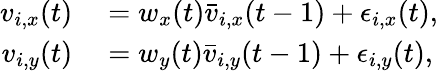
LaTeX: \begin{array}{rl}{v_{i,x}(t)}&{{}=w_{x}(t)\bar{v}_{i,x}(t-1)+\epsilon_{i,x}(t),}\\ {v_{i,y}(t)}&{{}=w_{y}(t)\bar{v}_{i,y}(t-1)+\epsilon_{i,y}(t),}\end{array}